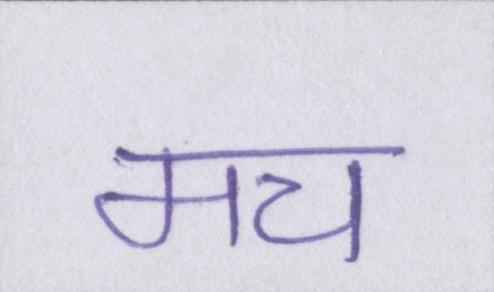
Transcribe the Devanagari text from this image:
मच